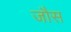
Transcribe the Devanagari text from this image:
जौस